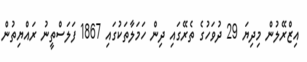
އިޒްރޭލުން މިދިޔަ 29 ދުވަހުގެ ތެރޭގައި ދިން ހަމަލާތަކުގައި 1867 ފަލަސްތީނު ރައްޔިތުން